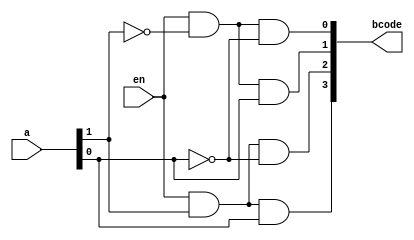
`timescale 1ns / 1ps

module binary_decoder_2x4(
	input en,
	input[1:0] a,
	output[3:0] bcode
    );
	 assign bcode[0]= en && !a[1] && !a[0],
				bcode[1]= en && !a[1] && a[0],
				bcode[2]= en && a[1] && !a[0],
				bcode[3]= en && a[1] && a[0]; 


endmodule